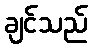
ချင်သည်